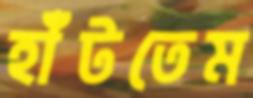
হাঁটতেম